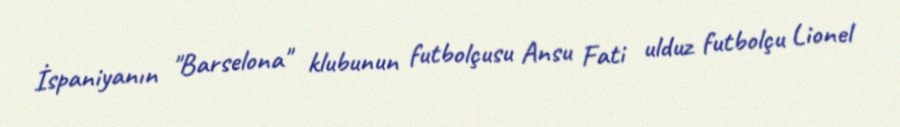
İspaniyanın "Barselona" klubunun futbolçusu Ansu Fati ulduz futbolçu Lionel